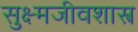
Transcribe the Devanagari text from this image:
सुक्ष्मजीवशास्त्र